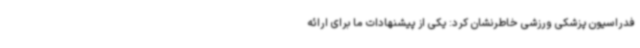
فدراسیون پزشکی ورزشی خاطرنشان کرد: یکی از پیشنهادات ما برای ارائه